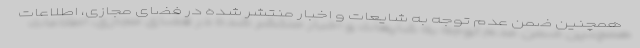
همچنين ضمن عدم توجه به شايعات و اخبار منتشر شده در فضای مجازی، اطلاعات